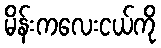
မိန်းကလေးငယ်ကို